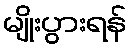
မျိုးပွားရန်